Civil Veterinary Dept. Bombay admin report 1893-99 - 1893-1899
Year: 1893
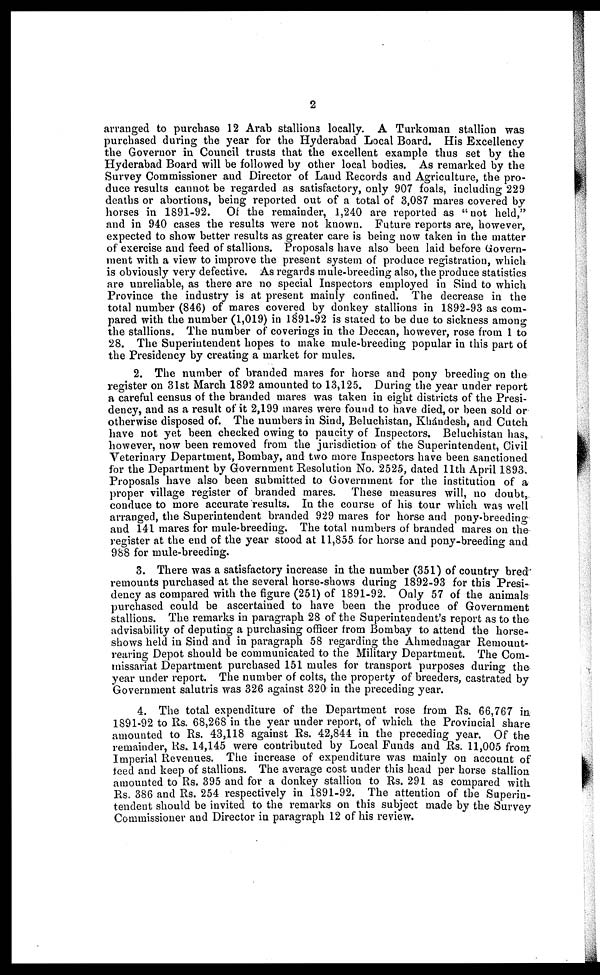
2
arranged to purchase 12 Arab stallions locally. A Turkoman stallion was
purchased during the year for the Hyderabad Local Board. His Excellency
the Governor in Council trusts that the excellent example thus set by the
Hyderabad Board will be followed by other local bodies. As remarked by the
Survey Commissioner and Director of Land Records and Agriculture, the pro-
duce results cannot be regarded as satisfactory, only 907 foals, including 229
deaths or abortions, being reported out of a total of 3,087 mares covered by
horses in 1891-92. Of the remainder, 1,240 are reported as "not held,"
and in 940 cases the results were not known. Future reports are, however,
expected to show better results as greater care is being now taken in the matter
of exercise and feed of stallions. Proposals have also been laid before Govern-
ment with a view to improve the present system of produce registration, which
is obviously very defective. As regards mule-breeding also, the produce statistics
are unreliable, as there are no special Inspectors employed in Sind to which
Province the industry is at present mainly confined. The decrease in the
total number (846) of mares covered by donkey stallions in 1892-93 as com-
pared with the number (1,019) in 1891-92 is stated to be due to sickness among
the stallions. The number of coverings in the Deccan, however, rose from 1 to
28. The Superintendent hopes to make mule-breeding popular in this part of
the Presidency by creating a market for mules.
2. The number of branded mares for horse and pony breeding on the
register on 31st March 1892 amounted to 13,125. During the year under report
a careful census of the branded mares was taken in eight districts of the Presi-
dency, and as a result of it 2,199 mares were found to have died, or been sold or
otherwise disposed of. The numbers in Sind, Beluchistan, Khándesh, and Cutch
have not yet been checked owing to paucity of Inspectors. Beluchistan has,
however, now been removed from the jurisdiction of the Superintendent, Civil
Veterinary Department, Bombay, and two more Inspectors have been sanctioned
for the Department by Government Resolution No. 2525, dated 11th April 1893.
Proposals have also been submitted to Government for the institution of a
proper village register of branded mares. These measures will, no doubt,
conduce to more accurate results. In the course of his tour which was well
arranged, the Superintendent branded 929 mares for horse and pony-breeding
and 141 mares for mule-breeding. The total numbers of branded mares on the
register at the end of the year stood at 11,855 for horse and pony-breeding and
988 for mule-breeding.
3. There was a satisfactory increase in the number (351) of country bred
remounts purchased at the several horse-shows during 1892-93 for this Presi-
dency as compared with the figure (251) of 1891-92. Only 57 of the animals
purchased could be ascertained to have been the produce of Government
stallions. The remarks in paragraph 28 of the Superintendent's report as to the
advisability of deputing a purchasing officer from Bombay to attend the horse-
shows held in Sind and in paragraph 58 regarding the Ahmednagar Remount-
rearing Depot should be communicated to the Military Department. The Com-
missariat Department purchased 151 mules for transport purposes during the
year under report. The number of colts, the property of breeders, castrated by
Government salutris was 326 against 320 in the preceding year.
4. The total expenditure of the Department rose from Rs. 66,767 in
1891-92 to Rs. 68,268 in the year under report, of which the Provincial share
amounted to Rs. 43,118 against Rs. 42,844 in the preceding year. Of the
remainder, Rs. 14,145 were contributed by Local Funds and Rs. 11,005 from
Imperial Revenues. The increase of expenditure was mainly on account of
feed and keep of stallions. The average cost under this head per horse stallion
amounted to Rs. 395 and for a donkey stallion to Rs. 291 as compared with
Rs. 386 and Rs. 254 respectively in 1891-92. The attention of the Superin-
tendent should be invited to the remarks on this subject made by the Survey
Commissioner and Director in paragraph 12 of his review.